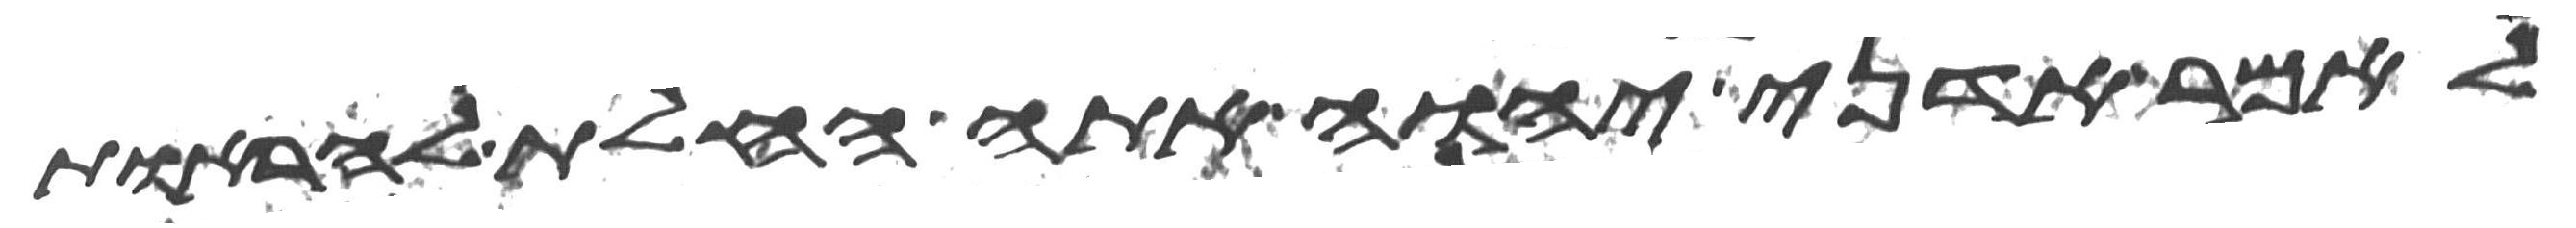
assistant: לאמר אדני יהוה אתה החלת להראות